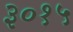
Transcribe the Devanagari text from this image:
३०१५